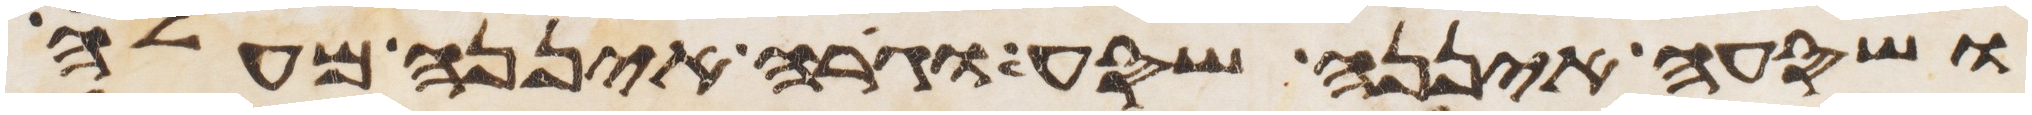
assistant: ושסעה איננה שסע וגרה איננה מעלה